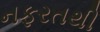
નફરતથી